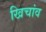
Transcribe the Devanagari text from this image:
खिचांव